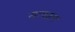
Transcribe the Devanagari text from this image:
मापक्रप